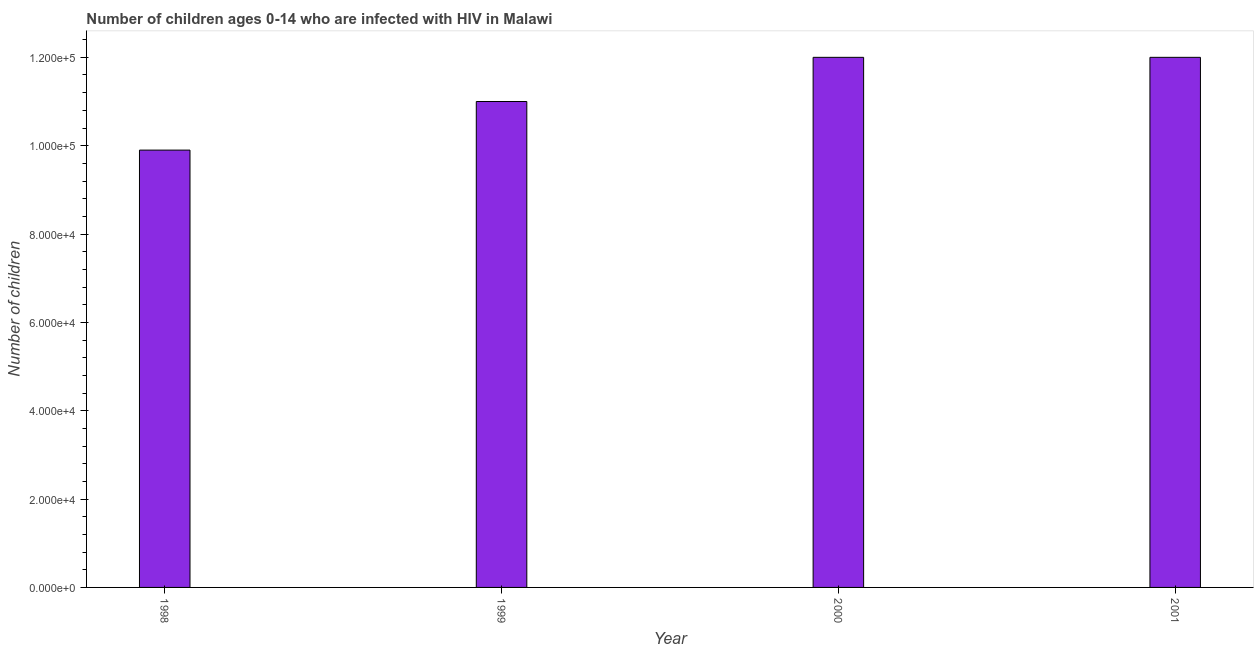
| Year | Children (0-14) living with HIV |
 | --- | --- |
 | 1998 | 9.9e+04 |
 | 1999 | 1.1e+05 |
 | 2000 | 1.2e+05 |
 | 2001 | 1.2e+05 |